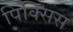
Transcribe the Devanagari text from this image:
पिक्सिस